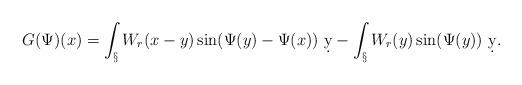
LaTeX: \begin{align*}G(\Psi)(x) = \int_\S W_r(x-y) \sin(\Psi(y)-\Psi(x))\ \d y - \int_\S W_r(y) \sin(\Psi(y))\ \d y.\end{align*}